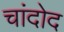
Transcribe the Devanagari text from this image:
चांदोद